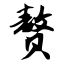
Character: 赘